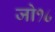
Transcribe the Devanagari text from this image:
जो१८